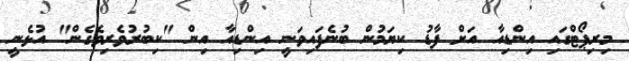
މިރިޕޯޓްގައި އިންޑިއާ އަށް ފާޑު ކިޔަމުން ބުނެފައިވަނީ އިންޑިއާ އިން "ކިބުރުވެރިވެގެން" އުޅެނީ